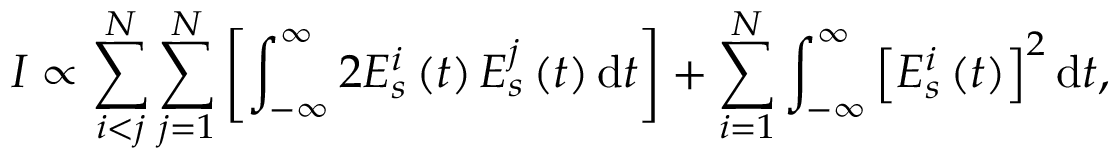
I \propto \sum _ { i < j } ^ { N } \sum _ { j = 1 } ^ { N } \left[ \int _ { - \infty } ^ { \infty } 2 E _ { s } ^ { i } \left( t \right) E _ { s } ^ { j } \left( t \right) \mathrm { d } t \right] + \sum _ { i = 1 } ^ { N } \int _ { - \infty } ^ { \infty } \left[ E _ { s } ^ { i } \left( t \right) \right] ^ { 2 } \mathrm { d } t ,